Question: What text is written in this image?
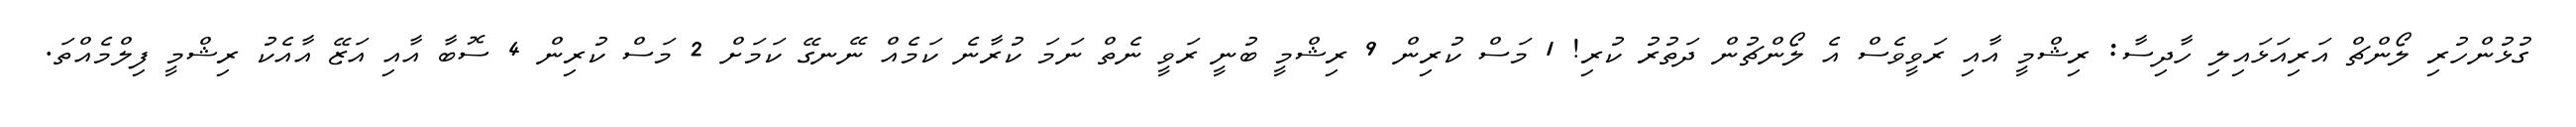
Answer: ގުޅުންހުރި ލޯންޗް އަރިއަޅައިލި ހާދިސާ: ރިޝްމީ އާއި ރަވީވެސް އެ ލޯންޗުން ދަތުރު ކުރި! 1 މަސް ކުރިން 9 ރިޝްމީ ބުނީ ރަވީ ނެތް ނަމަ ކުރާނެ ކަމެއް ނޭނގޭ ކަމަށް 2 މަސް ކުރިން 4 ސޮބާ އާއި އަޒޭ އާއެކު ރިޝްމީ ފިލްމެއްތަ.